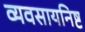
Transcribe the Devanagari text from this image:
व्यवसायनिष्ट